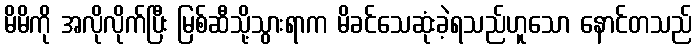
မိမိကို အလိုလိုက်ပြီး မြစ်ဆီသို့သွားရာက မိခင်သေဆုံးခဲ့ရသည်ဟူသော နောင်တသည်